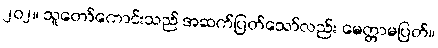
၂၀၂။ သူတော်ကောင်းသည် အဆက်ပြတ်သော်လည်း မေတ္တာမပြတ်။